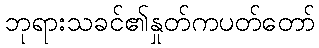
ဘုရားသခင်၏နှုတ်ကပတ်တော်